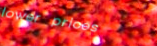
lower prices